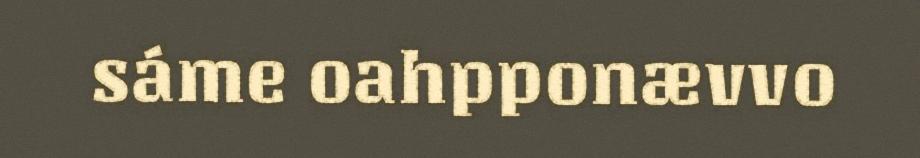
sáme oahpponævvo